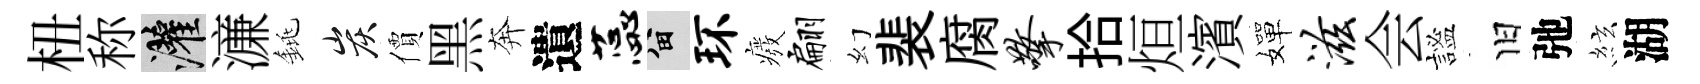
杻称灌濓銚炭價黑奔遺蕊留环癈翩幻裴腐擎拾烜濱嬋滋会謐旧弛絃湖